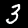
Label: 3